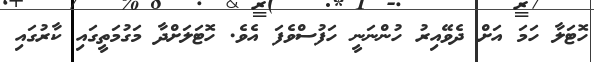
ހޮޓަލާ ހަމަ އަށް ދެވޭއިރު ހުންނަނީ ހަފުސްވެފަ އެވެ. ހޮޓަލަށްދާ މަގުމަތީގައި ކާރުގައި